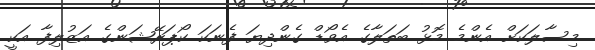
މިސާލަކަށް އެންމެ މޮޅު ބަތަލާގެ އެވޯޑް ގެންދިޔަ ފެނަކަ ކޯޕަރޭޝަންގެ އަޒުލިފާ އަކީ